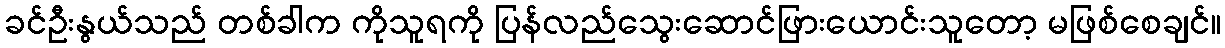
ခင်ဦးနွယ်သည် တစ်ခါက ကိုသူရကို ပြန်လည်သွေးဆောင်ဖြားယောင်းသူတော့ မဖြစ်စေချင်။